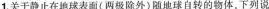
1.关于静止在地球表面(两除外)随地球自转的物体，下列说